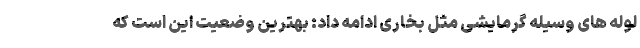
لوله های وسیله گرمایشی مثل بخاری ادامه داد: بهترین وضعیت این است که